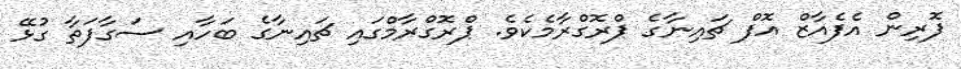
ފޮރިން އެފެއާޒް އޮފް ޗައިނާގެ ޕްރޮގްރާމެކެވެ. ޕްރޮގްރާމްގައި ޗައިނާގެ ބަހާއި ސަގާފަތާ ގުޅޭ